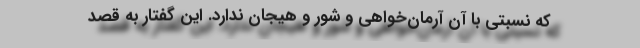
که نسبتی با آن آرمان‌خواهی و شور و هیجان ندارد. این گفتار به قصد